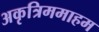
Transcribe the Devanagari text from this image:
अकृत्रिममाहम